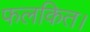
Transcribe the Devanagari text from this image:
फलकित।